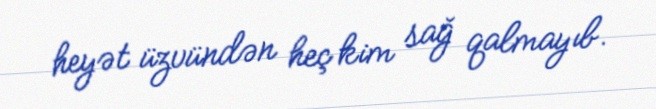
heyət üzvündən heç kim sağ qalmayıb.